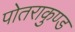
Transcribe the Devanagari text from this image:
पोतराकुण्ड